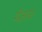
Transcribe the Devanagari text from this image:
मेंज्ञात